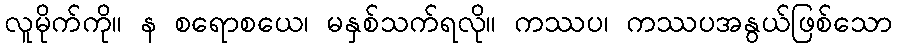
လူမိုက်ကို။ န စရောစယေ၊ မနှစ်သက်ရလို။ ကဿပ၊ ကဿပအနွယ်ဖြစ်သော